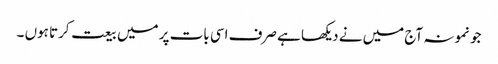
جو نمونہ آج میں نے دیکھا ہے صرف اسی بات پر میں بیعت کرتا ہوں ۔